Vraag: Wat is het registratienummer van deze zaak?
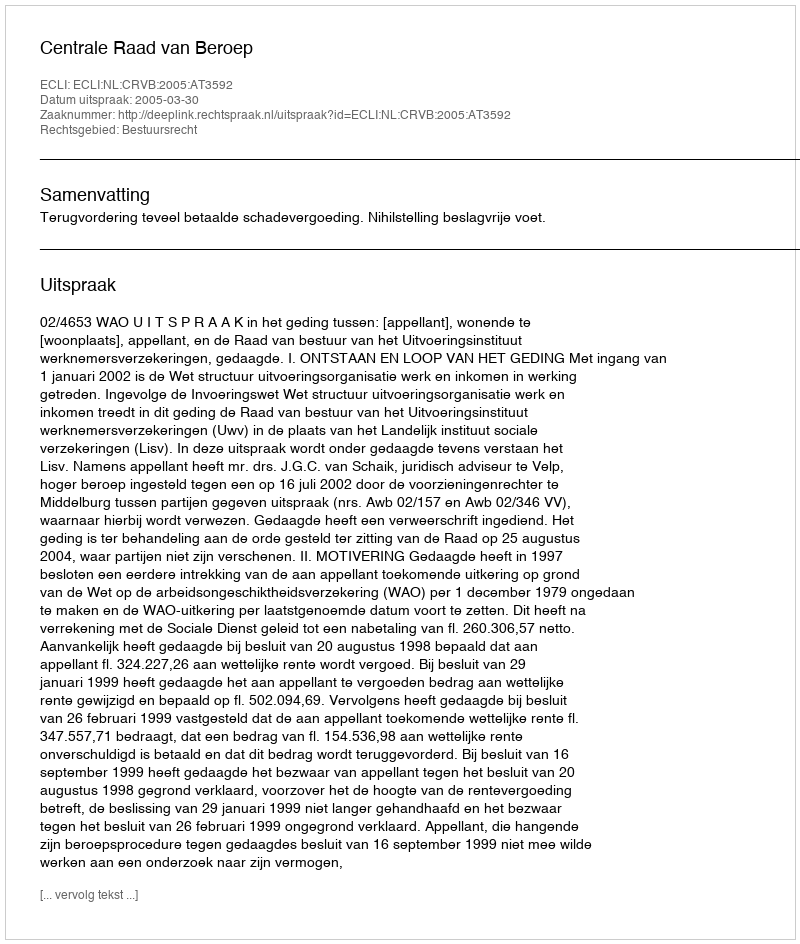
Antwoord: http://deeplink.rechtspraak.nl/uitspraak?id=ECLI:NL:CRVB:2005:AT3592